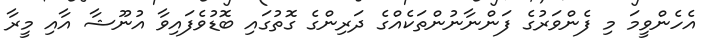
އެހެންވީމަ މި ފެންވަރުގެ ފަންނާނުންތަކެއްގެ ދަރިންގެ ގޮތުގައި ބޮޑުވެފައިވާ އުނޫޝާ އާއި މީރާ